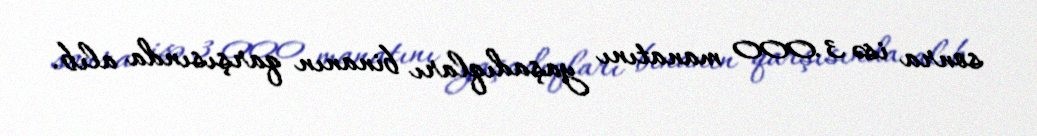
sonra isə 3.000 manatını yaşadıqları binanın qarşısında alıb.